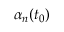
\alpha _ { n } ( t _ { 0 } )